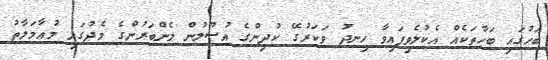
ބަހުގައި ބަހާތަކެއް އެކުލެވިފައިވާ ހިނދު ވަކަރުގޭ ކުދިންގެ އުޞޫލުން މެންބަރުންގެ މެދުގައި މުޢާމަލާތު